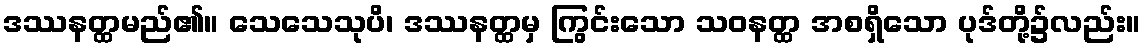
ဒဿနတ္ထမည်၏။ သေသေသုပိ၊ ဒဿနတ္ထမှ ကြွင်းသော သဝနတ္ထ အစရှိသော ပုဒ်တို့၌လည်း။